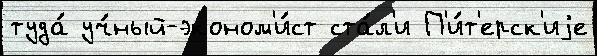
туда́ уч́ный-эконом'и́ст ста́л'и П'и́т'ерск'иjе